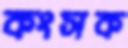
কংসক